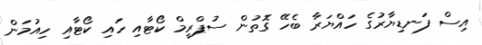
އިސް ފަނޑިޔާރުގެ ހައްޔަރާ ބެހޭ ގޮތުން ސުޕްރީމް ކޯޓާއި ހައި ކޯޓާއި ހިއުމަން